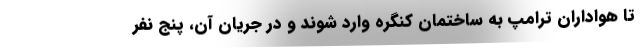
تا هواداران ترامپ به ساختمان کنگره وارد شوند و در جریان آن، پنج نفر